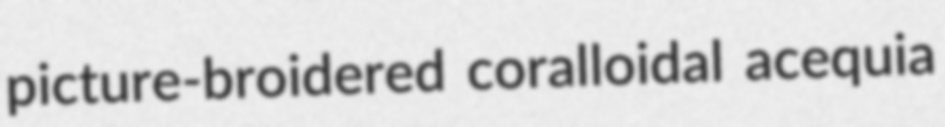
picture-broidered coralloidal acequia